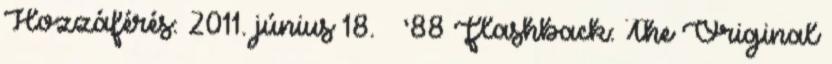
Hozzáférés: 2011. június 18. ↑ ’88 Flashback: The Original